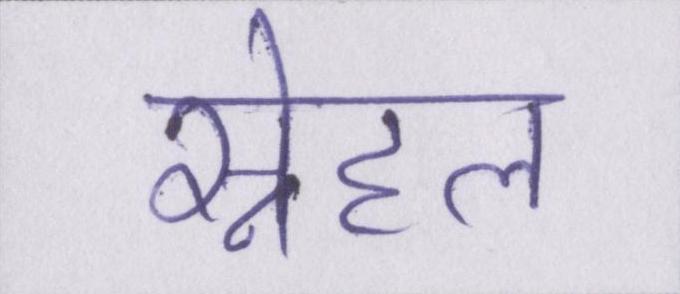
स्नेहल